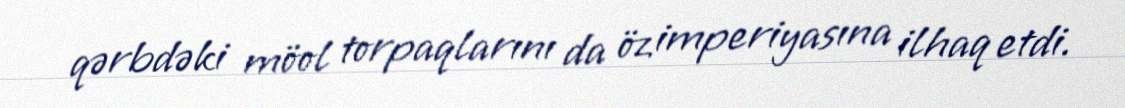
qərbdəki möol torpaqlarını da öz imperiyasına ilhaq etdi.